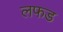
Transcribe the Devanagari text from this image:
लफड